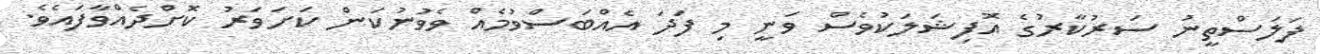
ފަލަސްތީނު ސަރުކާރުގެ އޮފިޝަލަކުވެސް ވަނީ މި ފަދަ އެއްބަސްވުމެއް ވެވުނުކަން ކަށަވަރު ކޮށްދެއްވާފައެވެ.